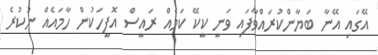
އޭގައި އޭނާ ބަޔާންކުރައްވާފައި ވަނީ ކީކޭ ކަމެއް ރައީސް އޮފީހަކުން ހާމައެއް ނުކުރެ